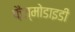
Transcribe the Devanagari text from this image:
फ़ैज्मोडाइडी